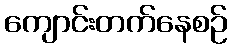
ကျောင်းတက်နေစဉ်